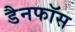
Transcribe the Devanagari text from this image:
डैनफॉस